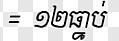
= ១២ធ្នាប់